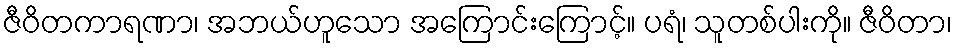
ဇီဝိတကာရဏာ၊ အဘယ်ဟူသော အကြောင်းကြောင့်။ ပရံ၊ သူတစ်ပါးကို။ ဇီဝိတာ၊